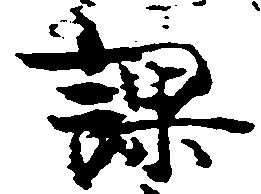
課